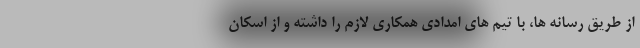
از طریق رسانه ها، با تیم های امدادی همکاری لازم را داشته و از اسکان